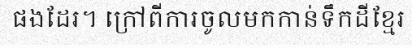
ផងដែរ។ ក្រៅពីការចូលមកកាន់ទឹកដីខ្មែរ